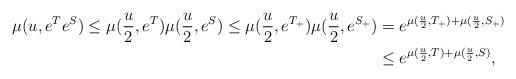
LaTeX: \begin{align*}\mu(u,e^Te^S)\leq \mu(\frac{u}{2},e^T)\mu(\frac{u}{2},e^S)\leq\mu(\frac{u}{2},e^{T_+})\mu(\frac{u}{2},e^{S_+})&=e^{\mu(\frac{u}{2},T_+)+\mu(\frac{u}{2},S_+)} \\&\leq e^{\mu(\frac{u}{2},T)+\mu(\frac{u}{2},S)}, \end{align*}